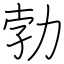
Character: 勃